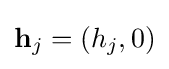
\mathbf {h} _{j}=(h_{j},0)